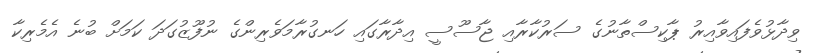
ވިދާޅުވެފައިވާއިރު ޕާކިސްތާނުގެ ސަރުކާރާއި ޖާސޫސީ އިދާރާގައި ހަނގުރާމަވެރިންގެ ނުފޫޒުގަދަ ކަމަށް ބުނެ އެމެރިކާ